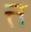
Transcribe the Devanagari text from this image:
त्त